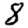
Digit: 8